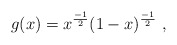
\begin{align*}g ( x ) = x^{ \frac{-1}{2}} ( 1 - x )^{ \frac{-1}{2}}\ ,\end{align*}